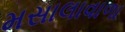
મસાલાવાળા